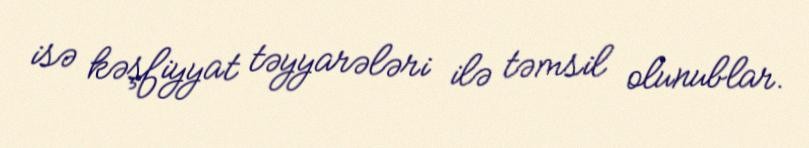
isə kəşfiyyat təyyarələri ilə təmsil olunublar.